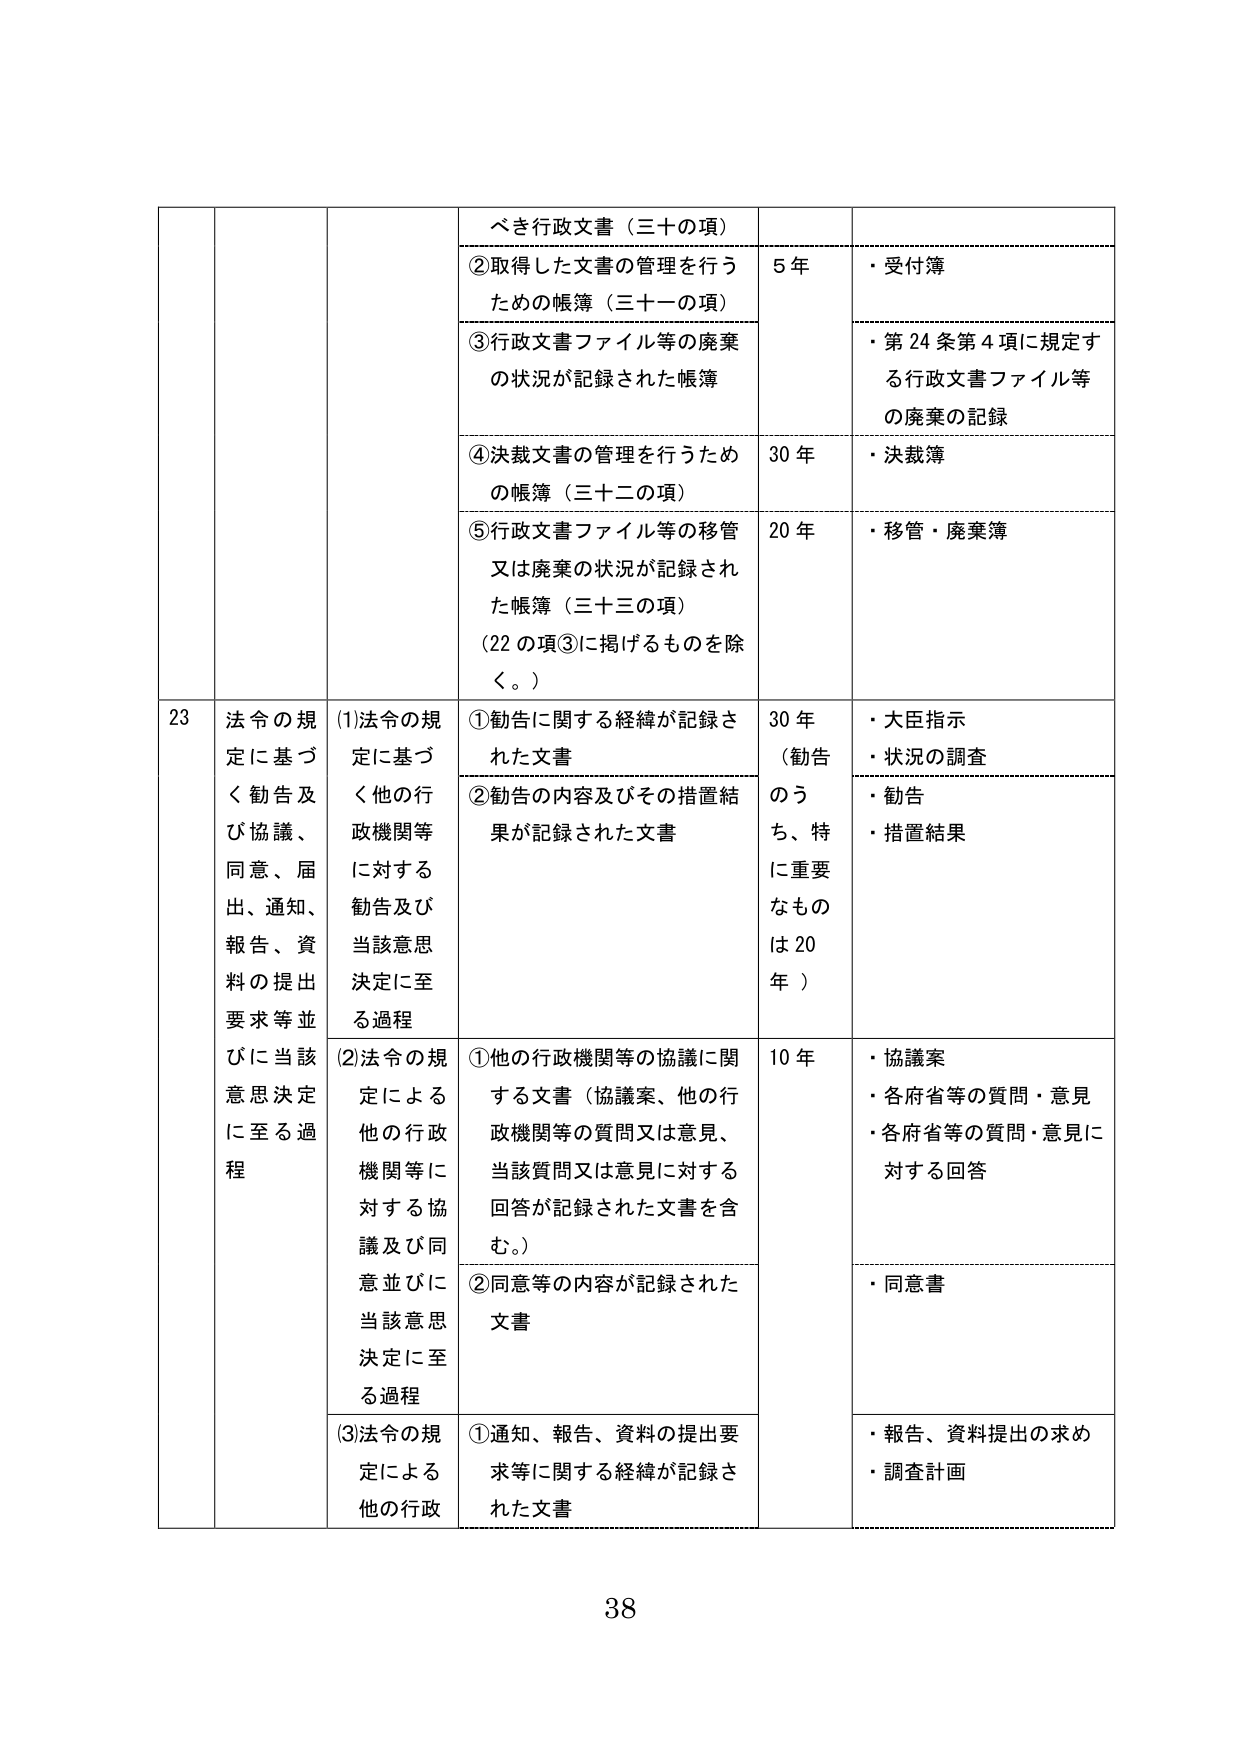
べき行政文書（三十の項）
②取得した文書の管理を行うための帳簿（三十一の項）
5年
・受付簿
③行政文書ファイル等の廃棄の状況が記録された帳簿
・第24条第4項に規定する行政文書ファイル等の廃棄の記録
④決裁文書の管理を行うための帳簿（三十二の項）
30年
・決裁簿
⑤行政文書ファイル等の移管又は廃棄の状況が記録された帳簿（三十三の項）（22の項③に掲げるものを除く。）
20年
・移管・廃棄簿

23 法令の規定に基づく勧告及び協議、同意、届出、通知、報告、資料の提出要求等並びに当該意思決定に至る過程
(1)法令の規定に基づく他の行政機関等に対する勧告及び当該意思決定に至る過程
①勧告に関する経緯が記録された文書
30年（勧告のうち、特に重要なものは20年）
・大臣指示
・状況の調査
②勧告の内容及びその措置結果が記録された文書
・勧告
・措置結果
(2)法令の規定による他の行政機関等に対する協議及び同意並びに当該意思決定に至る過程
①他の行政機関等の協議に関する文書（協議案、他の行政機関等の質問又は意見、当該質問又は意見に対する回答が記録された文書を含む。）
10年
・協議案
・各府省等の質問・意見
・各府省等の質問・意見に対する回答
②同意等の内容が記録された文書
・同意書
(3)法令の規定による他の行政
①通知、報告、資料の提出要求等に関する経緯が記録された文書
・報告、資料提出の求め
・調査計画

38